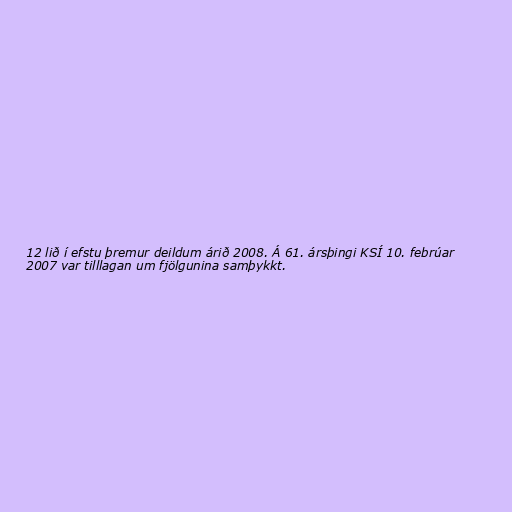
12 lið í efstu þremur deildum árið 2008. Á 61. ársþingi KSÍ 10. febrúar
2007 var tilllagan um fjölgunina samþykkt.